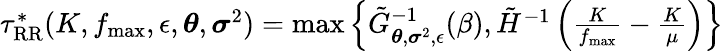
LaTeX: \begin{array}{r}{\tau_{\mathrm{RR}}^{*}(K,f_{\operatorname*{max}},\epsilon,\boldsymbol{\theta},\boldsymbol{\sigma}^{2})=\operatorname*{max}\left\{ \tilde{G}_{\boldsymbol{\theta},\boldsymbol{\sigma}^{2},\epsilon}^{-1}(\beta),\tilde{H}^{-1}\left(\frac{K}{f_{\operatorname*{max}}}-\frac{K}{\mu}\right)\right\} }\end{array}